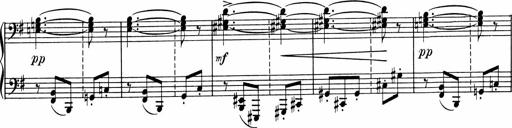
Title: Sonatine pour piano
Composer: Albert Roussel